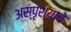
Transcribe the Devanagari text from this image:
अस्पृश्‍याचे